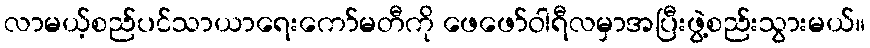
လာမယ့်စည်ပင်သာယာရေးကော်မတီကို ဖေဖော်ဝါရီလမှာအပြီးဖွဲ့စည်းသွားမယ်။